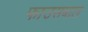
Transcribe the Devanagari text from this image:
फाउसबाल